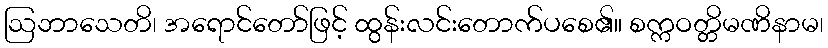
ဩဘာသေတိ၊ အရောင်တော်ဖြင့် ထွန်းလင်းတောက်ပစေ၏။ စက္ကဝတ္တိမဏိနာမ၊